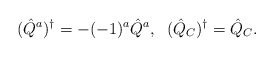
\begin{align*}(\hat{Q}^a)^{\dagger}=-(-1)^a\hat{Q}^a,\;\;(\hat{Q}_C)^{\dagger}= \hat{Q}_C.\end{align*}